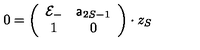
0 = \left( \begin{array} { c c } { { \cal E } _ { - } } & { { \sf a } _ { 2 S - 1 } } \\ { 1 } & { 0 } \\ \end{array} \right) \cdot z _ { S }